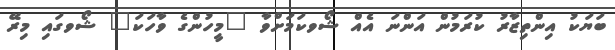
ބަޔަކު އިންތިޒާރު ކުރަމުން އަންނަ އެއް ޝޯވކަމަށްވާ "މީހުންގެ ވާހަކަ" ޝޯވގައި މިރޭ